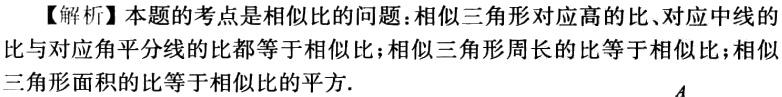
【解析】本题的考点是相似比的问题：相似三角形对应高的比、对应中线的比与对应角平分线的比都等于相似比；相似三角形周长的比等于相似比；相似三角形面积的比等于相似比的平方.